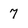
Character: 7